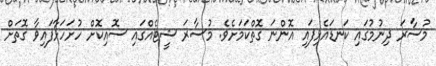
މުސާރަ ދިނުމުގައި ކަނޑައެޅިފައި އޮންނަ ގޮތްކަމަށެވެ. މުސާރަ ޝީޓެއްގައި ސޮއިކޮށް ހުށަހަޅާފައިވާ ގޮތަށް